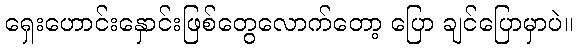
ရှေးဟောင်းနှောင်းဖြစ်တွေလောက်တော့ ပြော ချင်ပြောမှာပဲ။